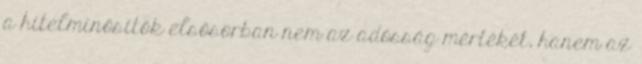
a hitelminősítők elsősorban nem az adósság mértékét, hanem az